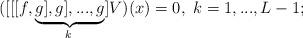
LaTeX: \begin{align*}&([[[f,\underbrace{g],g],...,g}_{k\,\, }]V)(x)=0, \,\,k=1,...,L-1; \end{align*}